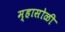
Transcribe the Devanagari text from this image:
म्हासोळी